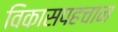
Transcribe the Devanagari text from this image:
विकासपहचान